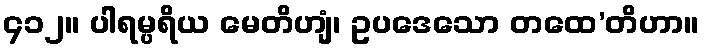
၄၁၂။ ပါရမ္ပရိယ မေတိဟျံ၊ ဥပဒေသော တထေ’တိဟာ။